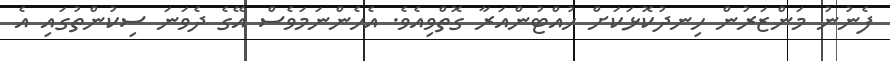
ފެނުނު މަންޒަރުން ހިނދުކޮޅަކަށް ހުއްޓުންއަރާ ގޮތްވިއެވެ. އެހެންނަމަވެސް އޭގެ ދެވަނަ ސިކުންތުގައި އެ